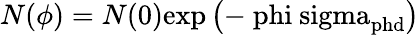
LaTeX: N(\phi)=N(0)\mathrm{{exp}\left(-\ phi\ sigma_{\mathrm{{phd}}}\right)}